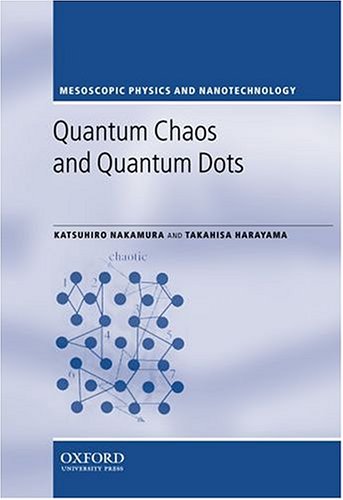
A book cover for Quantum Chaos and Quantum Dots (Mesoscopic Physics and Nanotechnology); Katsuhiro Nakamura; Science & Math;